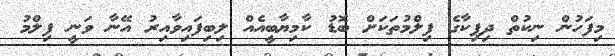
މިފަހުން ނިކުތް ދިޕިކާގެ ފިލްމުތަކަށް ބޮޑު ކާމިޔާބީއެއް ލިބިފައިވާއިރު އޭނާ ވަނީ ފިލްމު